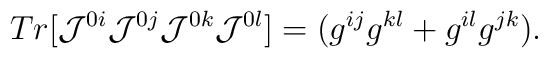
Tr[{\cal{J}}^{0i} {\cal{J}}^{0j} {\cal{J}}^{0k} {\cal{J}}^{0l}]=(g^{ij}g^{kl}+g^{il}g^{jk}).